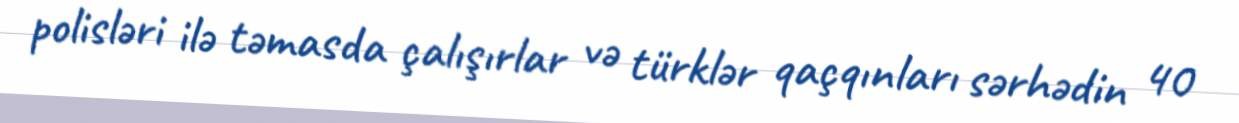
polisləri ilə təmasda çalışırlar və türklər qaçqınları sərhədin 40